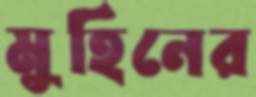
মুহিনের